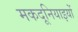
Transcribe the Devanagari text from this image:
मकदूनियाइयों